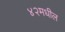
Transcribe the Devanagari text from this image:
४२मधील